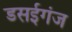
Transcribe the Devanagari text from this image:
डसईगंज